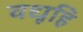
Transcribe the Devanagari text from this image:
वधूहि